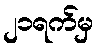
၂၁ရက်မှ